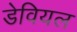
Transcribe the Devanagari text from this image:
डेवियल